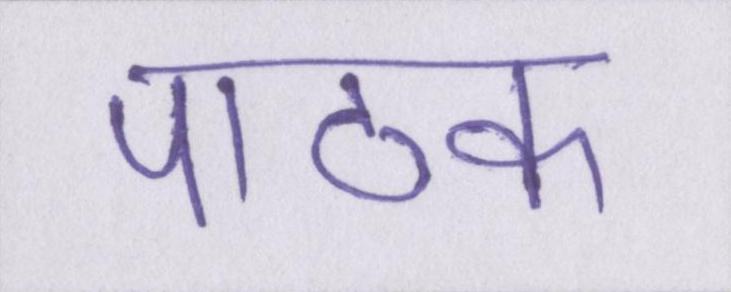
पाठक